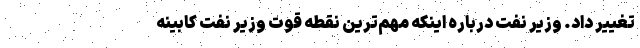
تغییر داد. وزیر نفت درباره اینکه مهم‌ترین نقطه قوت وزیر نفت کابینه